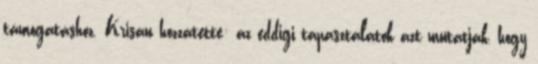
támogatáshoz. Krisán hozzátette: az eddigi tapasztalatok azt mutatják, hogy